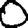
Digit: 0